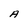
Character: A